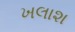
ખલાશ